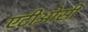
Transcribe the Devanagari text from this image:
एटीओसी